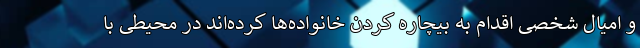
و امیال شخصی اقدام به بیچاره کردن خانواده‌ها کرده‌اند در محیطی با